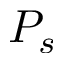
P _ { s }